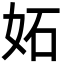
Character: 妬